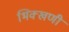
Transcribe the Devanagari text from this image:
भिक्खणी